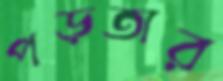
পড়তার